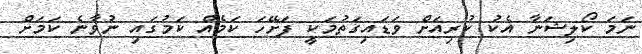
ނަމަ ކޯލިޝަނާ އެކު ކުރިއަށް ވަޑައިގަތުމަކީ ފަށޭހަ ކަމެއް ކަމުގައި ނުވާނެ ކަމަށް